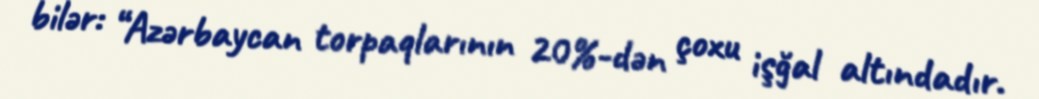
bilər: “Azərbaycan torpaqlarının 20%-dən çoxu işğal altındadır.